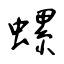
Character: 螺